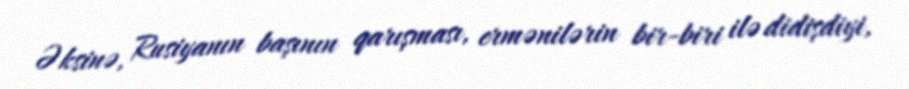
Əksinə, Rusiyanın başının qarışması, ermənilərin bir-biri ilə didişdiyi,